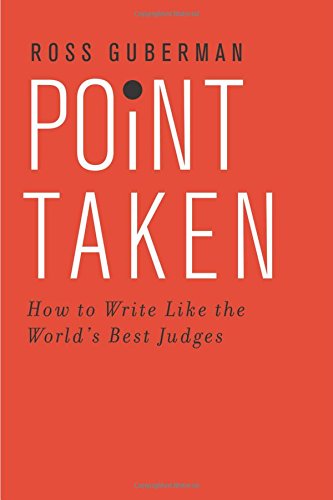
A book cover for Point Taken: How to Write Like the World's Best Judges; Ross Guberman; Law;